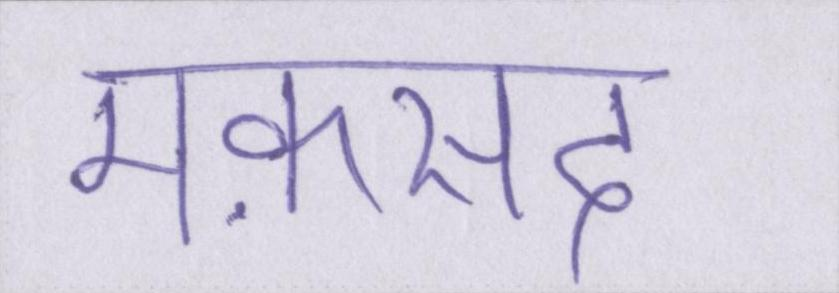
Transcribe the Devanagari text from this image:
मक़सद